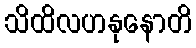
သိထိလဟနုနောတိ